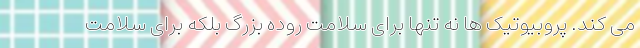
می کند. پروبیوتیک ها نه تنها برای سلامت روده بزرگ بلکه برای سلامت